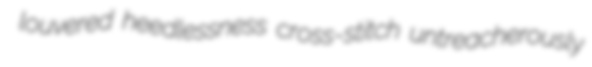
louvered heedlessness cross-stitch untreacherously